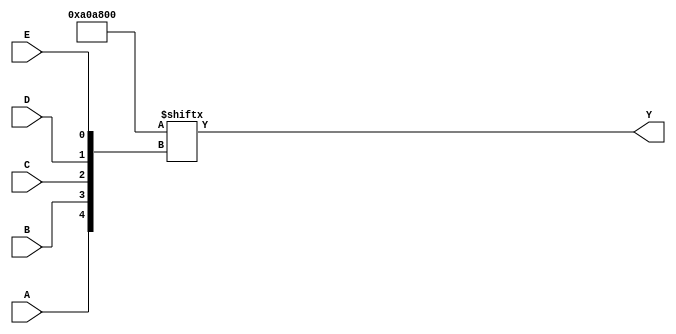
module five_variable_kmap (
    input wire A, // Input variable A
    input wire B, // Input variable B
    input wire C, // Input variable C
    input wire D, // Input variable D
    input wire E, // Input variable E
    output wire Y // Output Y
);

// Internal wire to represent the K-map output
wire [31:0] kmap;

// Define the K-map based on the minterms
assign kmap[0]  = 1'b0; // m0
assign kmap[1]  = 1'b0; // m1
assign kmap[2]  = 1'b0; // m2
assign kmap[3]  = 1'b0; // m3
assign kmap[4]  = 1'b0; // m4
assign kmap[5]  = 1'b0; // m5
assign kmap[6]  = 1'b0; // m6
assign kmap[7]  = 1'b0; // m7
assign kmap[8]  = 1'b0; // m8
assign kmap[9]  = 1'b0; // m9
assign kmap[10] = 1'b0; // m10
assign kmap[11] = 1'b1; // m11
assign kmap[12] = 1'b0; // m12
assign kmap[13] = 1'b1; // m13
assign kmap[14] = 1'b0; // m14
assign kmap[15] = 1'b1; // m15
assign kmap[16] = 1'b0; // m16
assign kmap[17] = 1'b0; // m17
assign kmap[18] = 1'b0; // m18
assign kmap[19] = 1'b0; // m19
assign kmap[20] = 1'b0; // m20
assign kmap[21] = 1'b1; // m21
assign kmap[22] = 1'b0; // m22
assign kmap[23] = 1'b1; // m23
assign kmap[24] = 1'b0; // m24
assign kmap[25] = 1'b0; // m25
assign kmap[26] = 1'b0; // m26
assign kmap[27] = 1'b0; // m27
assign kmap[28] = 1'b0; // m28
assign kmap[29] = 1'b0; // m29
assign kmap[30] = 1'b0; // m30
assign kmap[31] = 1'b0; // m31

// Generate the output Y based on the K-map
assign Y = kmap[{A, B, C, D, E}];

endmodule